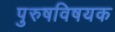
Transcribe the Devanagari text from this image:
पुरुषविषयक